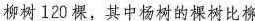
柳树120棵，其中杨树的棵树比柳